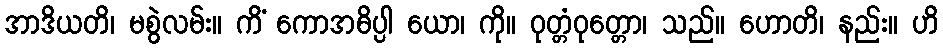
အာဒိယတိ၊ မစွဲလမ်း။ ကိံ ကောအဓိပ္ပါ ယော၊ ကို။ ဝုတ္တံဝုတ္တော၊ သည်။ ဟောတိ၊ နည်း။ ဟိ